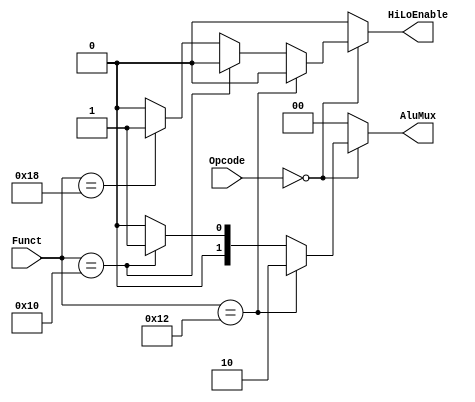
module multiplycontrol(Opcode,Funct,AluMux,HiLoEnable);
	input	[5:0]	Funct, Opcode;
	output	[1:0]	AluMux;
	output			HiLoEnable;
	reg		[1:0]	AluMux;
	reg				HiLoEnable;

always @ (Funct or Opcode)
begin
		AluMux = 0;
		HiLoEnable = 0;
	 if (Opcode == 0)
	 begin
		if (Funct == 24)
			begin
			HiLoEnable = 1;
			AluMux = 0;
			end
		if (Funct == 16)
			begin
				HiLoEnable = 0;
			AluMux = 2'b01;
			end
		if (Funct == 18)
			begin
			HiLoEnable = 0;
			AluMux = 2'b10;
			end
	  end
end

endmodule